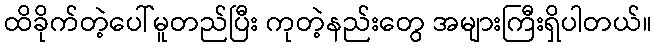
ထိခိုက်တဲ့ပေါ်မူတည်ပြီး ကုတဲ့နည်းတွေ အများကြီးရှိပါတယ်။